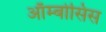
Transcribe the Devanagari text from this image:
ऑम्बोसिस